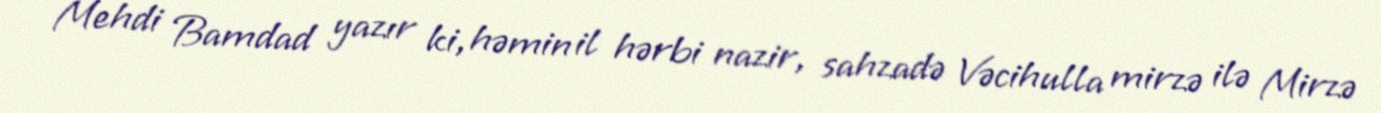
Mehdi Bamdad yazır ki, həmin il hərbi nazir, sahzadə Vəcihulla mirzə ilə Mirzə